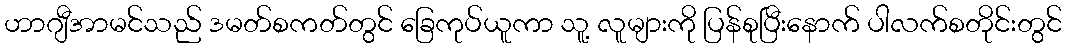
ဟာဂျီအာမင်သည် ဒမတ်စကတ်တွင် ခြေကုပ်ယူကာ သူ့ လူများကို ပြန်စုပြီးနောက် ပါလက်စတိုင်းတွင်